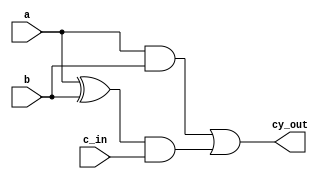
`timescale 1ns / 1ps
module carry(cy_out,a,b,c_in);
input a,b,c_in;
output cy_out;
assign cy_out = (a&b)| ((a^b)&c_in);
endmodule